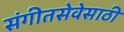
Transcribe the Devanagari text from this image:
संगीतसेवेसाठी